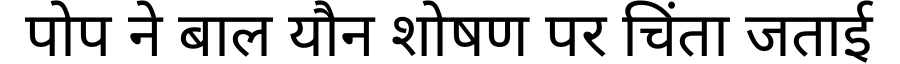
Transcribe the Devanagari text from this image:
पोप ने बाल यौन शोषण पर चिंता जताई